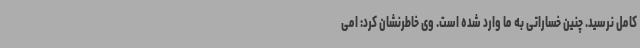
کامل نرسید. چنین خساراتی به ما وارد شده است. وی خاطرنشان کرد: امی